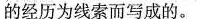
的经历为线索而写成的。